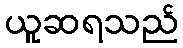
ယူဆရသည်